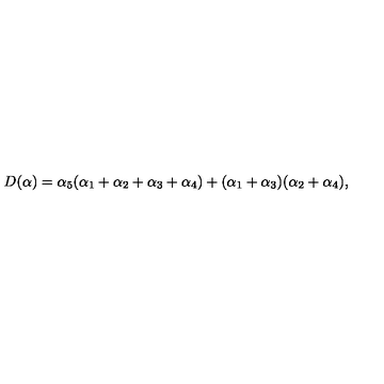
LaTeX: D ( \alpha ) = \alpha _ { 5 } ( \alpha _ { 1 } + \alpha _ { 2 } + \alpha _ { 3 } + \alpha _ { 4 } ) + ( \alpha _ { 1 } + \alpha _ { 3 } ) ( \alpha _ { 2 } + \alpha _ { 4 } ) ,